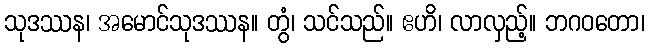
သုဒဿန၊ အမောင်သုဒဿန။ တွံ၊ သင်သည်။ ဧဟိ၊ လာလှည့်။ ဘဂဝတော၊